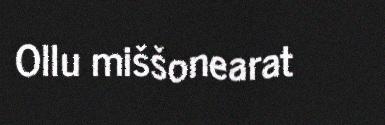
Ollu miššonearat